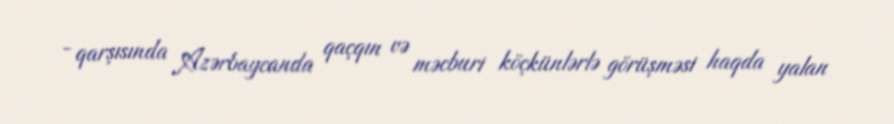
- qarşısında Azərbaycanda qaçqın və məcburi köçkünlərlə görüşməsi haqda yalan